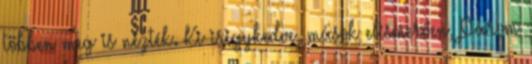
többen meg is nézték. Ki irigykedve, mások elismerően, Párom